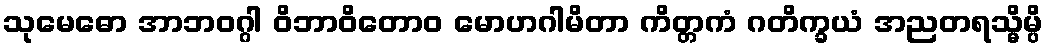
သုမေဓော အာဘဝဂ္ဂါ ဝိဘာဝိတောဝ မောဟဂါမိတာ ကိတ္တကံ ဂတိက္ခယံ အညတရသ္မိမ္ပိ